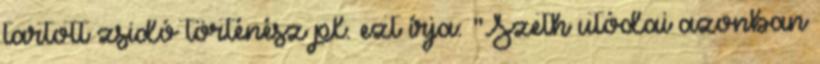
tartott zsidó történész pl. ezt írja: "Szeth utódai azonban